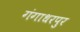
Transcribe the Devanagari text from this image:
गंगाधरपुर